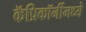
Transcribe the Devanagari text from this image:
कॅप्रिकॉर्नीमध्ये